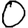
Digit: 0